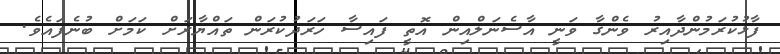
ފާޅުކުރަމުންދާއިރު ވެންގާ ވަނީ އާސެނަލްއިން އޮތީ ފައިސާ ހަރަދުކުރަން ތައްޔާރަށް ކަމަށް ބުނެފައެވެ.